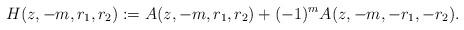
LaTeX: \begin{align*} H(z,-m,r_1,r_2):= A(z,-m,r_1,r_2)+(-1)^m A(z,-m,-r_1,-r_2).\end{align*}